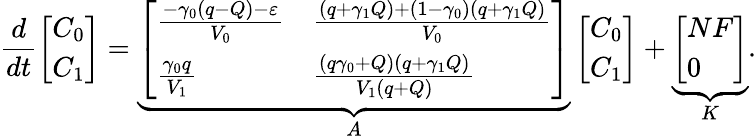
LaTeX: \frac{d}{dt}\left[\begin{array}{l}{C_{0}}\\ {C_{1}}\end{array}\right]=\underbrace{\left[\begin{array}{ll}{\frac{-\gamma_{0}(q-Q)-\varepsilon}{V_{0}}}&{\frac{(q+\gamma_{1}Q)+(1-\gamma_{0})(q+\gamma_{1}Q)}{V_{0}}}\\ {\frac{\gamma_{0}q}{V_{1}}}&{\frac{(q\gamma_{0}+Q)(q+\gamma_{1}Q)}{V_{1}(q+Q)}}\end{array}\right]}_{A}\left[\begin{array}{l}{C_{0}}\\ {C_{1}}\end{array}\right]+\underbrace{\left[\begin{array}{l}{NF}\\ {0}\end{array}\right]}_{K}.